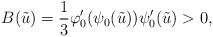
\begin{align*} B(\tilde{u}) = \frac{1}{3}\varphi_{0}'(\psi_{0}(\tilde{u}))\psi_{0}'(\tilde{u}) > 0,\end{align*}